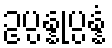
ဥပ္ပန္နုပ္ပန္နံ